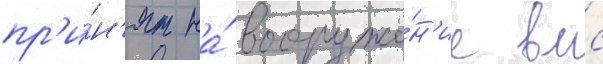
пр'и́н'ят на́ вооруже́н'ие вмс